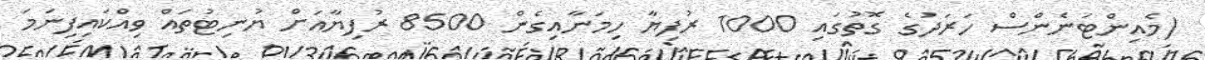
(މެއިންޓަނެންސް ހަރަދުގެ ގޮތުގައި 1000 ރުފިޔާ ހިމަނާއިގެން 8500 ރުފިޔާއަށް ޔުނިޓުތައް ވިއްކައިފިނަމަ